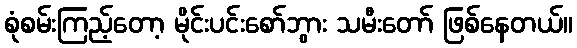
စုံစမ်းကြည့်တော့ မိုင်းပင်းစော်ဘွား သမီးတော် ဖြစ်နေတယ်။